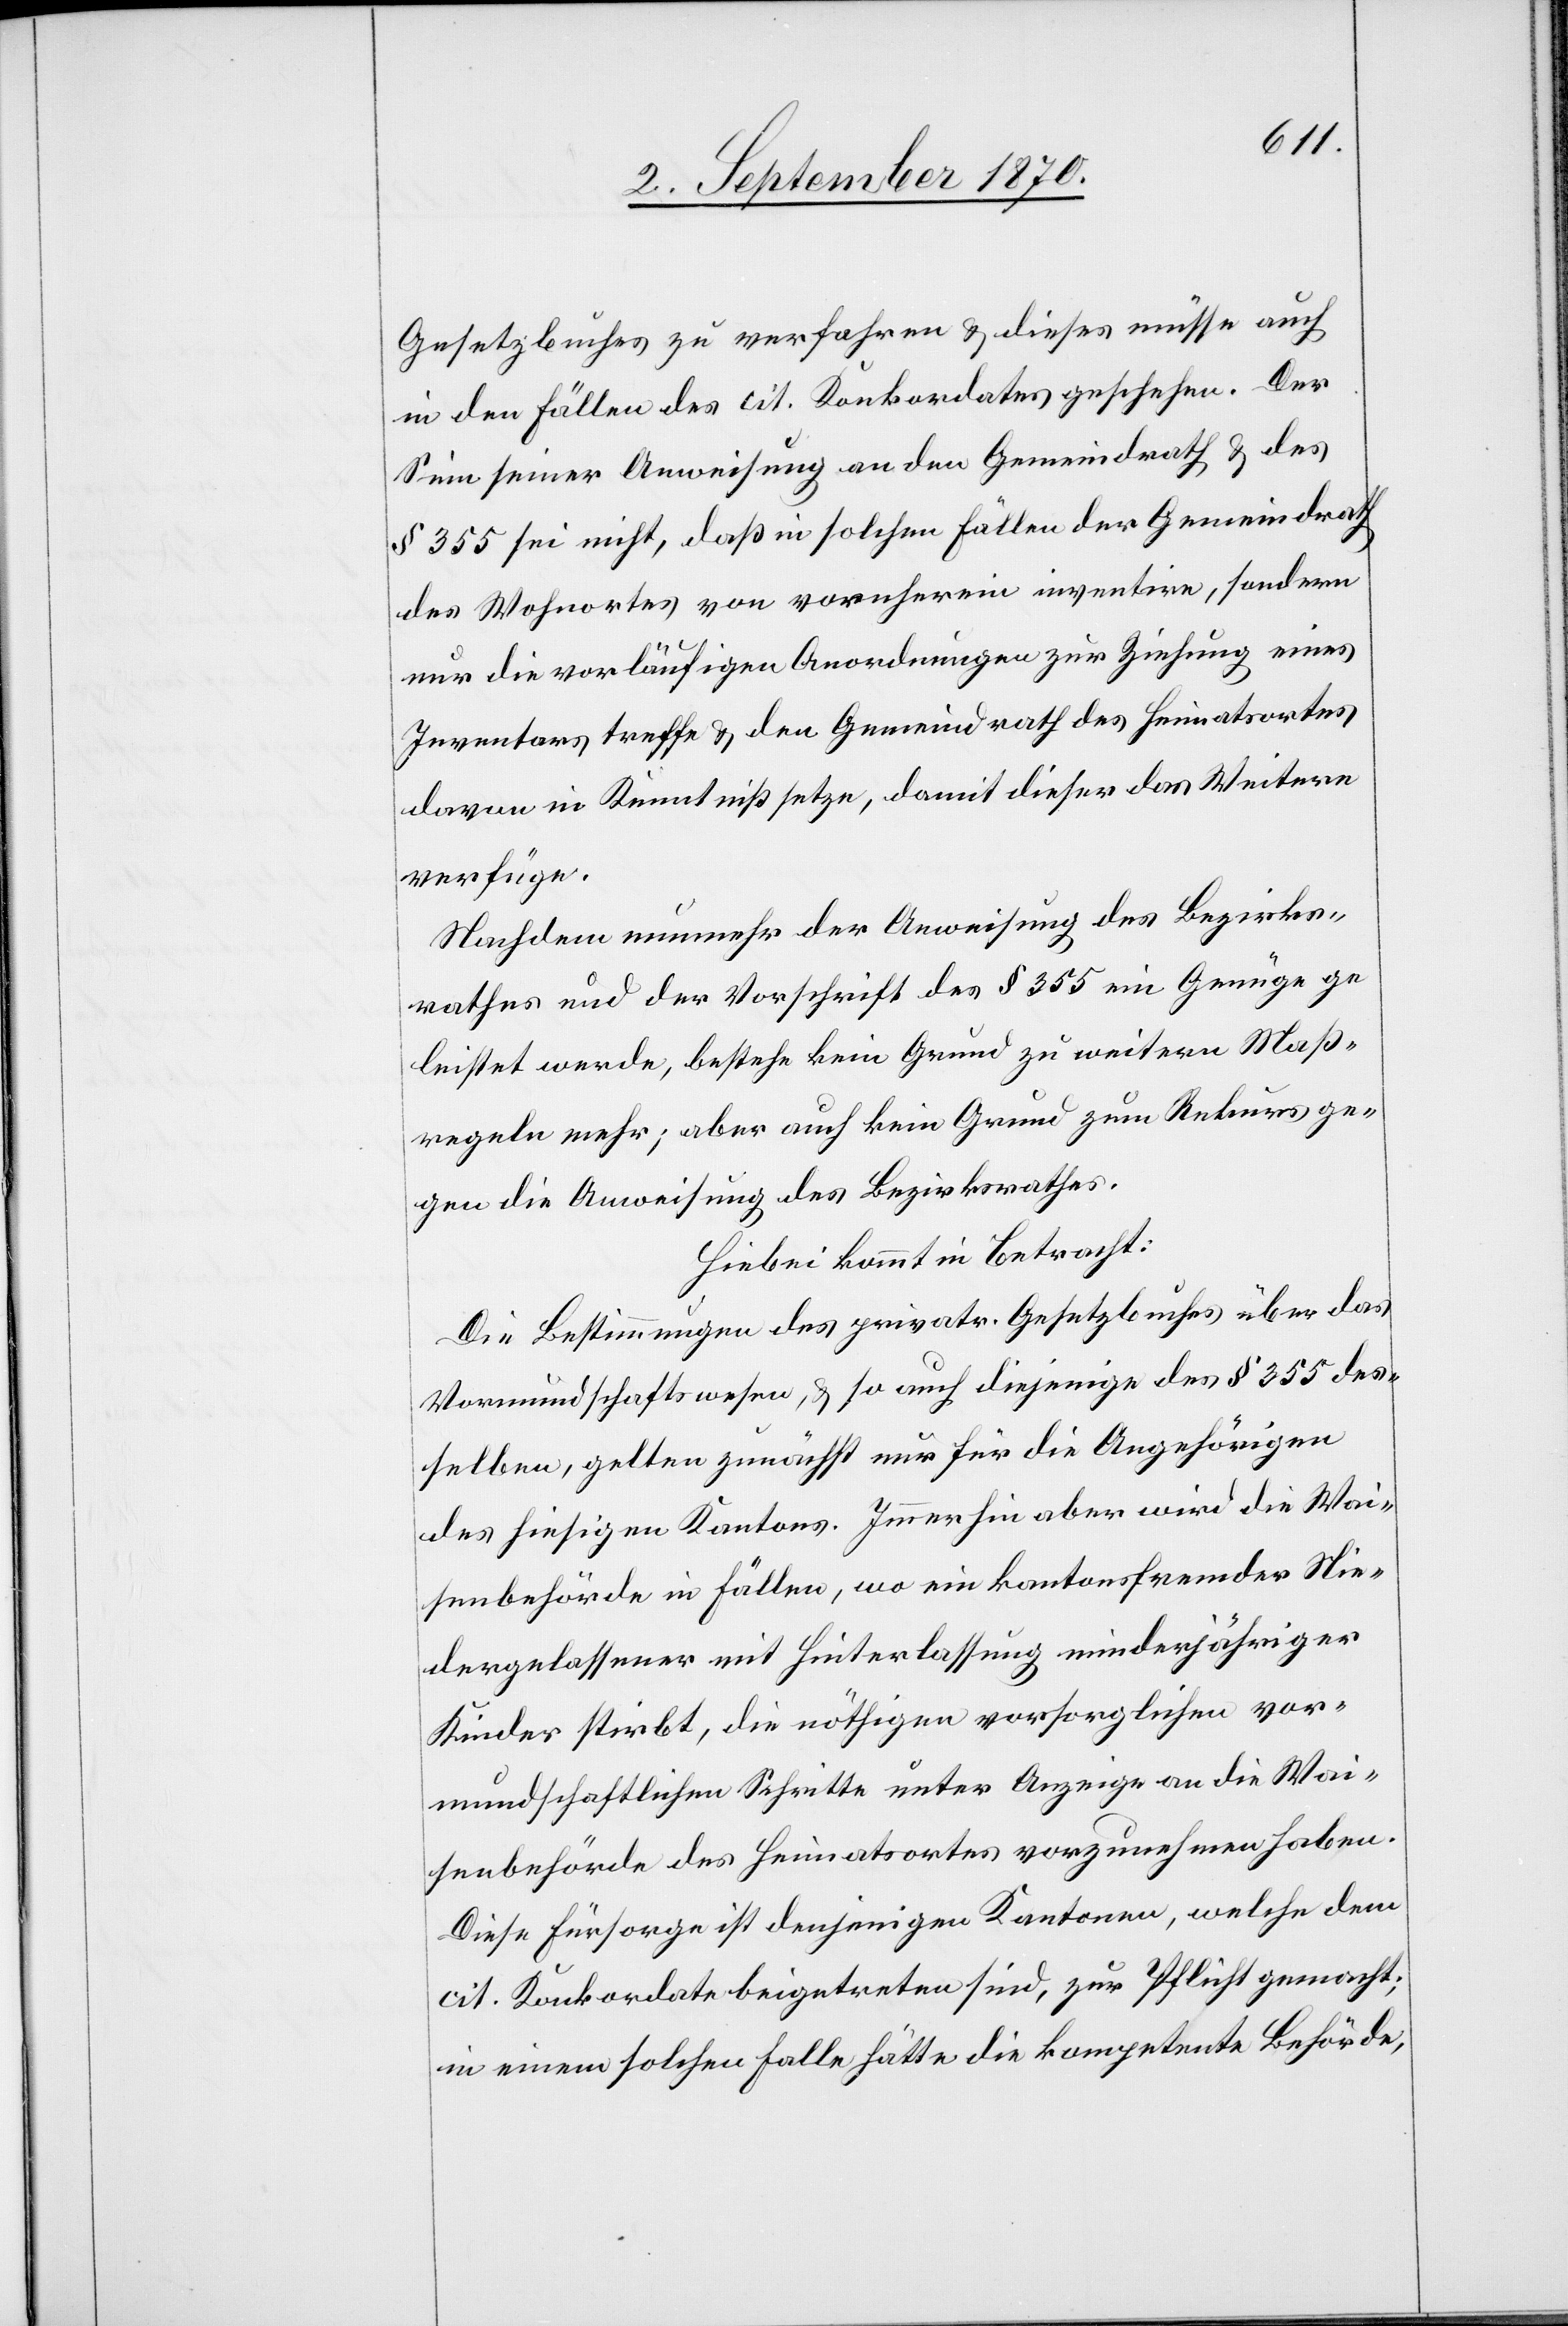
Gesetzbuches zu verfahren & dieses müsse auch
in den Fällen des cit. Konkordates geschehen. Der
Sinn seiner Anweisung an den Gemeindrath & des
§ 355 sei nicht, daß in solchen Fällen der Gemeindrath
des Wohnortes von vornherein inventire, sondern
nur die vorläufigen Anordnungen zur Ziehung eines
Inventars treffe & den Gemeindrath des Heimatsortes
davon in Kenntniß setze, damit dieser das Weitere
verfüge.
Nachdem nunmehr der Anweisung des Bezirks¬
rathes und der Vorschrift des § 355 ein Genüge ge¬
leistet werde, bestehe kein Grund zu weitern Maß¬
regeln mehr; aber auch kein Grund zum Rekurs ge¬
gen die Anweisung des Bezirksrathes.
Hiebei kommt in Betracht:
Die Bestimmungen des privatr. Gesetzbuches über das
Vormundschaftswesen, & so auch diejenige des § 355 des¬
selben, gelten zunächst nur für die Angehörigen
des hiesigen Kantons. Immerhin aber wird die Wai¬
senbehörde in Fällen, wo ein kantonsfremder Nie¬
dergelassener mit Hinterlassung minderjähriger
Kinder stirbt, die nöthigen vorsorglichen vor¬
mundschaftlichen Schritte unter Anzeige an die Wai¬
senbehörde des Heimatortes vorzunehmen haben.
Diese Fürsorge ist denjenigen Kantonen, welche dem
cit. Konkordate beigetreten sind, zur Pflicht gemacht;
in einem solchen Falle hätte die kompetente Behörde,